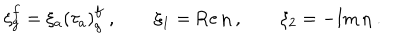
LaTeX: \xi _ { g } ^ { f } = \xi _ { a } \left( \tau _ { a } \right) _ { g } ^ { f } \; , \qquad \xi _ { 1 } = \mathrm { R e } \, \eta \; , \qquad \xi _ { 2 } = - \mathrm { I m } \, \eta \; .